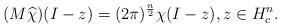
LaTeX: \begin{align*} (M \widehat \chi)(I-z) = (2\pi)^{\frac n 2}\chi(I-z), z \in H^n_c.\end{align*}